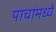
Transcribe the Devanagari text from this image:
पाचांमध्ये